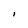
Character: I